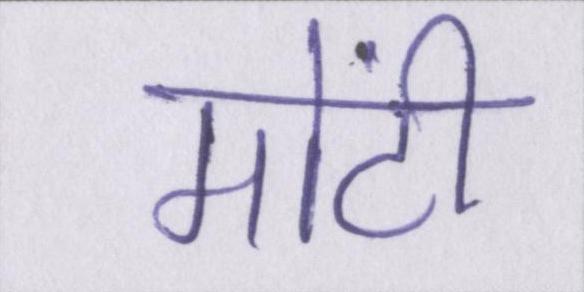
मोंटी